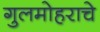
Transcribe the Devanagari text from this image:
गुलमोहराचे